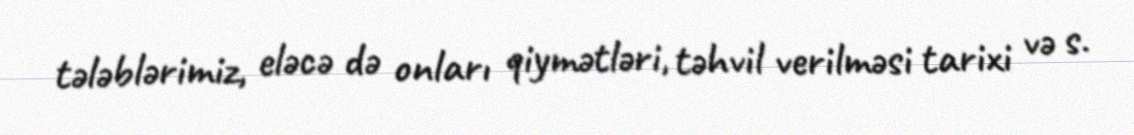
tələblərimiz, eləcə də onları qiymətləri, təhvil verilməsi tarixi və s.